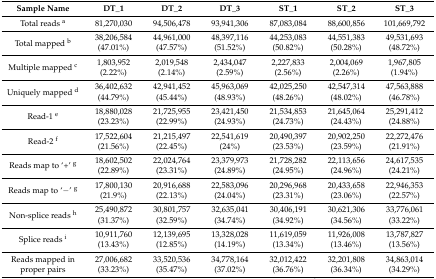
<table><thead><tr><td><b>Sample Name</b></td><td><b>DT_1</b></td><td><b>DT_2</b></td><td><b>DT_3</b></td><td><b>ST_1</b></td><td><b>ST_2</b></td><td><b>ST_3</b></td></tr></thead><tbody><tr><td>Total reads <sup>a</sup></td><td>81,270,030</td><td>94,506,478</td><td>93,941,306</td><td>87,083,084</td><td>88,600,856</td><td>101,669,792</td></tr><tr><td>Total mapped <sup>b</sup></td><td>38,206,584 (47.01%)</td><td>44,961,000 (47.57%)</td><td>48,397,116 (51.52%)</td><td>44,253,083 (50.82%)</td><td>44,551,383 (50.28%)</td><td>49,531,693 (48.72%)</td></tr><tr><td>Multiple mapped <sup>c</sup></td><td>1,803,952 (2.22%)</td><td>2,019,548 (2.14%)</td><td>2,434,047 (2.59%)</td><td>2,227,833 (2.56%)</td><td>2,004,069 (2.26%)</td><td>1,967,805 (1.94%)</td></tr><tr><td>Uniquely mapped <sup>d</sup></td><td>36,402,632 (44.79%)</td><td>42,941,452 (45.44%)</td><td>45,963,069 (48.93%)</td><td>42,025,250 (48.26%)</td><td>42,547,314 (48.02%)</td><td>47,563,888 (46.78%)</td></tr><tr><td>Read-1 <sup>e</sup></td><td>18,880,028 (23.23%)</td><td>21,725,955 (22.99%)</td><td>23,421,450 (24.93%)</td><td>21,534,853 (24.73%)</td><td>21,645,064 (24.43%)</td><td>25,291,412 (24.88%)</td></tr><tr><td>Read-2 <sup>f</sup></td><td>17,522,604 (21.56%)</td><td>21,215,497 (22.45%)</td><td>22,541,619 (24%)</td><td>20,490,397 (23.53%)</td><td>20,902,250 (23.59%)</td><td>22,272,476 (21.91%)</td></tr><tr><td>Reads map to ‘+’ <sup>g</sup></td><td>18,602,502 (22.89%)</td><td>22,024,764 (23.31%)</td><td>23,379,973 (24.89%)</td><td>21,728,282 (24.95%)</td><td>22,113,656 (24.96%)</td><td>24,617,535 (24.21%)</td></tr><tr><td>Reads map to ‘−’ <sup>g</sup></td><td>17,800,130 (21.9%)</td><td>20,916,688 (22.13%)</td><td>22,583,096 (24.04%)</td><td>20,296,968 (23.31%)</td><td>20,433,658 (23.06%)</td><td>22,946,353 (22.57%)</td></tr><tr><td>Non-splice reads <sup>h</sup></td><td>25,490,872 (31.37%)</td><td>30,801,757 (32.59%)</td><td>32,635,041 (34.74%)</td><td>30,406,191 (34.92%)</td><td>30,621,306 (34.56%)</td><td>33,776,061 (33.22%)</td></tr><tr><td>Splice reads <sup>i</sup></td><td>10,911,760 (13.43%)</td><td>12,139,695 (12.85%)</td><td>13,328,028 (14.19%)</td><td>11,619,059 (13.34%)</td><td>11,926,008 (13.46%)</td><td>13,787,827 (13.56%)</td></tr><tr><td>Reads mapped in proper pairs</td><td>27,006,682 (33.23%)</td><td>33,520,536 (35.47%)</td><td>34,778,164 (37.02%)</td><td>32,012,422 (36.76%)</td><td>32,201,808 (36.34%)</td><td>34,863,014 (34.29%)</td></tr></tbody></table>